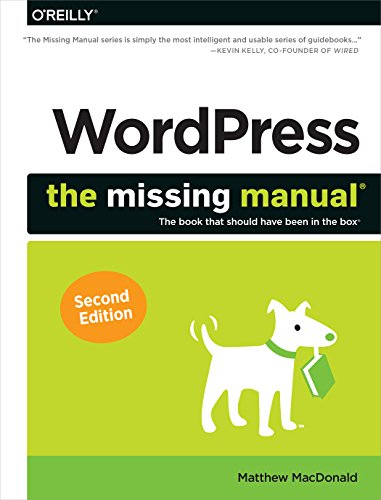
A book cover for WordPress: The Missing Manual; Matthew MacDonald; Computers & Technology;